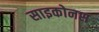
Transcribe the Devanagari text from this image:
साइकोनस